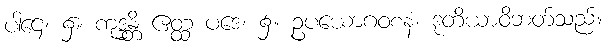
ပါဌေ၊ ၌။ ကုဒ္ဓန္တိ ဧတ္ထ ပဒေ၊ ၌။ ဥပယောဂဝစနံ၊ ဒုတိယာဝိဘတ်သည်။